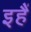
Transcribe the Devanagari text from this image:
इहैं